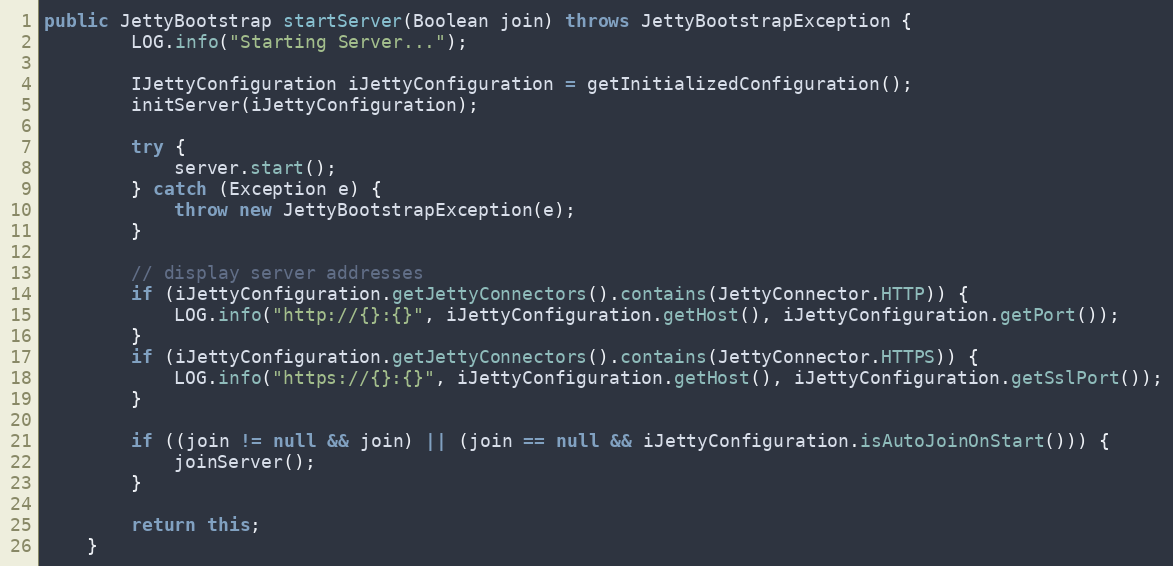
Language: Java
public JettyBootstrap startServer(Boolean join) throws JettyBootstrapException {
        LOG.info("Starting Server...");

        IJettyConfiguration iJettyConfiguration = getInitializedConfiguration();
        initServer(iJettyConfiguration);

        try {
            server.start();
        } catch (Exception e) {
            throw new JettyBootstrapException(e);
        }

        // display server addresses
        if (iJettyConfiguration.getJettyConnectors().contains(JettyConnector.HTTP)) {
            LOG.info("http://{}:{}", iJettyConfiguration.getHost(), iJettyConfiguration.getPort());
        }
        if (iJettyConfiguration.getJettyConnectors().contains(JettyConnector.HTTPS)) {
            LOG.info("https://{}:{}", iJettyConfiguration.getHost(), iJettyConfiguration.getSslPort());
        }

        if ((join != null && join) || (join == null && iJettyConfiguration.isAutoJoinOnStart())) {
            joinServer();
        }

        return this;
    }